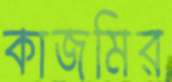
কাজমির